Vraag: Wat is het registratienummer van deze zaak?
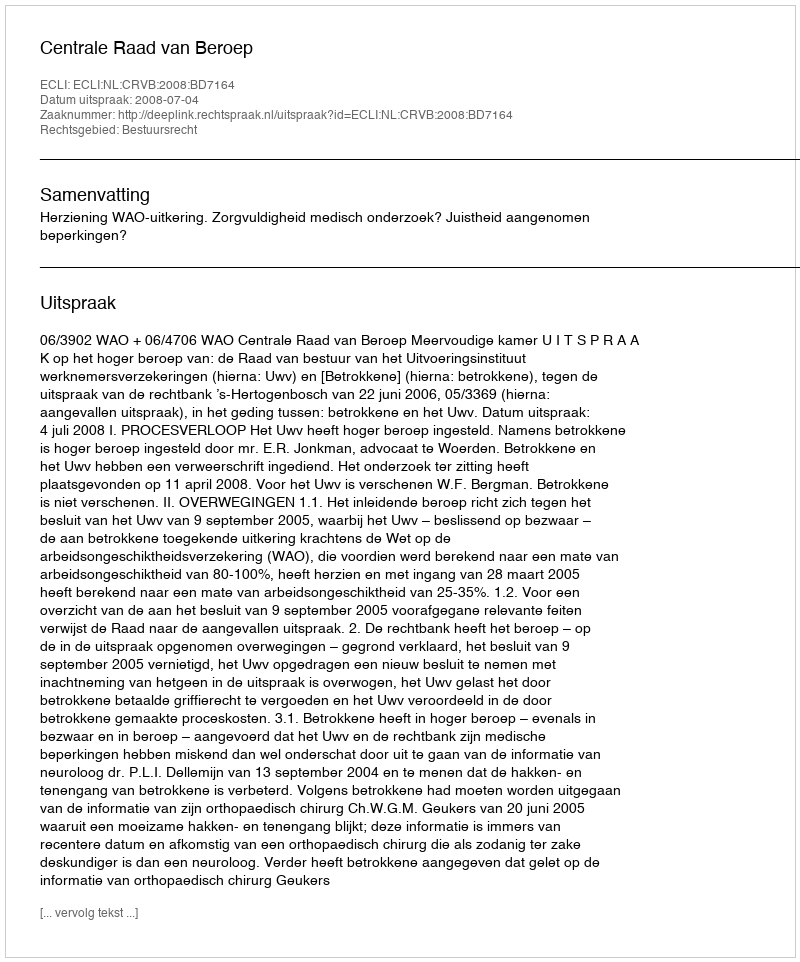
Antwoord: http://deeplink.rechtspraak.nl/uitspraak?id=ECLI:NL:CRVB:2008:BD7164